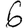
Digit: 6